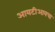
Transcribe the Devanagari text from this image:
आयटीआयचा